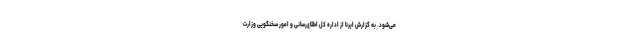
می‌شود. به گزارش ایرنا از اداره کل اطلاع‌رسانی و امور سخنگویی وزارت